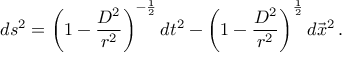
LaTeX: d s ^ { 2 } = \left( 1 - \frac { D ^ { 2 } } { r ^ { 2 } } \right) ^ { - \frac { 1 } { 2 } } d t ^ { 2 } - \left( 1 - \frac { D ^ { 2 } } { r ^ { 2 } } \right) ^ { \frac { 1 } { 2 } } d \vec { x } ^ { 2 } \, .